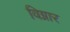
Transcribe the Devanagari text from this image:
विग्नार